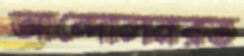
আন্দোলনরত